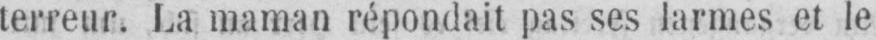
terreur. La maman répondait pas ses larmes et le